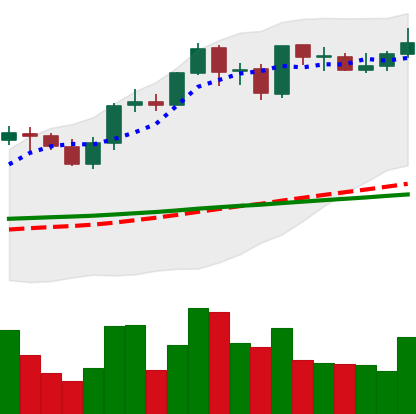
Ticker: ADA-USD
Chart end date: 2021-09-02
Forward return: -15.554%
Label: down_7plus